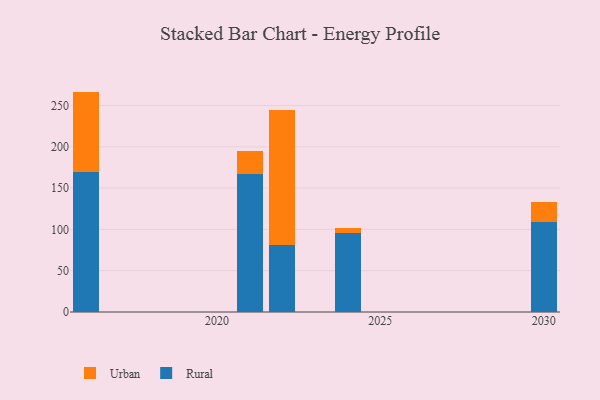
{"axis": {"x": "Year", "y": "Budget (USD K)"}, "legend": ["Rural", "Urban"], "data": [{"x": "2024", "y": 95.8, "type": "Rural"}, {"x": "2024", "y": 6.1, "type": "Urban"}, {"x": "2022", "y": 81.2, "type": "Rural"}, {"x": "2022", "y": 163.6, "type": "Urban"}, {"x": "2021", "y": 166.9, "type": "Rural"}, {"x": "2021", "y": 28.0, "type": "Urban"}, {"x": "2016", "y": 169.3, "type": "Rural"}, {"x": "2016", "y": 97.5, "type": "Urban"}, {"x": "2030", "y": 109.1, "type": "Rural"}, {"x": "2030", "y": 23.6, "type": "Urban"}]}